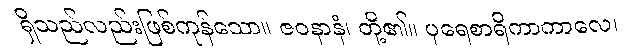
ရှိသည်လည်းဖြစ်ကုန်သော။ ဇဝနာနံ၊ တို့၏။ ပုရေစာရိကာကာလေ၊